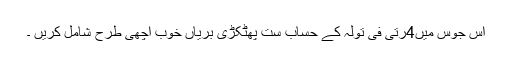
اس جوس میں4رتی فی تولہ کے حساب ست پھٹکڑی بریاں خوب اچھی طرح شامل کریں ۔